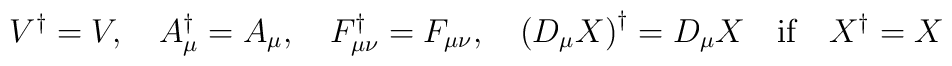
V^\dagger=V,\quad  A_\mu^\dagger=A_\mu,\quad  F_{\mu\nu}^\dagger=F_{\mu\nu},\quad  \left(D_\mu X\right)^\dagger=D_\mu X\quad\mbox{if}\quad  X^\dagger=X\vspace*{-0.15cm}